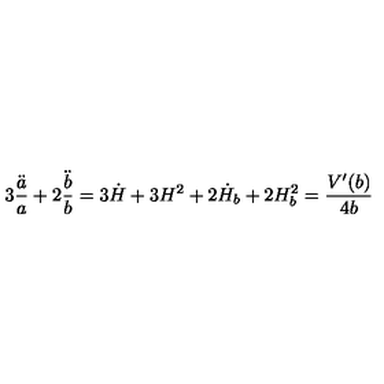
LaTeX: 3 \frac { \ddot { a } } { a } + 2 \frac { \ddot { b } } { b } = 3 \dot { H } + 3 H ^ { 2 } + 2 \dot { H } _ { b } + 2 H _ { b } ^ { 2 } = \frac { V ^ { \prime } ( b ) } { 4 b }